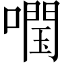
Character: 𡀊